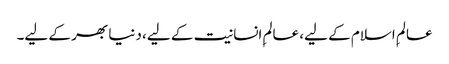
عالمِ اسلام کے لیے، عالمِ انسانیت کے لیے، دنیا بھر کے لیے۔